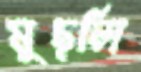
মুছলি